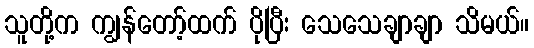
သူတို့က ကျွန်တော့်ထက် ပိုပြီး သေသေချာချာ သိမယ်။